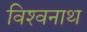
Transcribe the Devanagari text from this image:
विश्‍वनाथ्‍ा